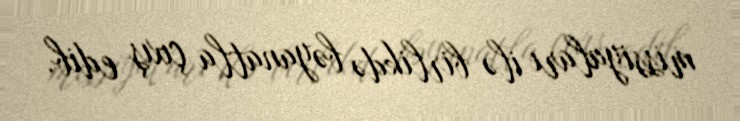
missiyaları ilə birlikdə bəyanatla çıxış edib.